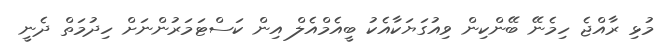
މުޅި ރާއްޖެ ހިމެނޭ ބޭންކިން ވިއުގަޔަކާއެކު ބީއެމްއެލް އިން ކަސްޓަމަރުންނަށް ހިދުމަތް ދެނީ